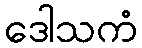
ဒေါသကံ